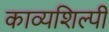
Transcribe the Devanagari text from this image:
काव्यशिल्पी